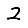
Digit: 2